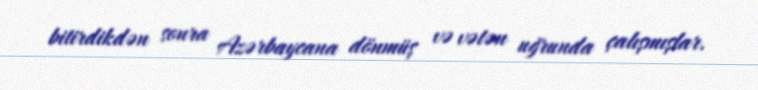
bitirdikdən sonra Azərbaycana dönmüş və vətən uğrunda çalışmışlar.